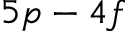
5 p - 4 f